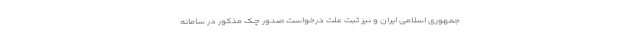
جمهوری اسلامی ایران و نیز ثبت علت درخواست صدور چک مذکور در سامانه